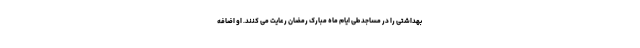
بهداشتی را در مساجد طی ایام ماه مبارک رمضان رعایت می کنند. او اضافه